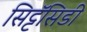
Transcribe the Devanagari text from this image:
सिट्टॅसिडी